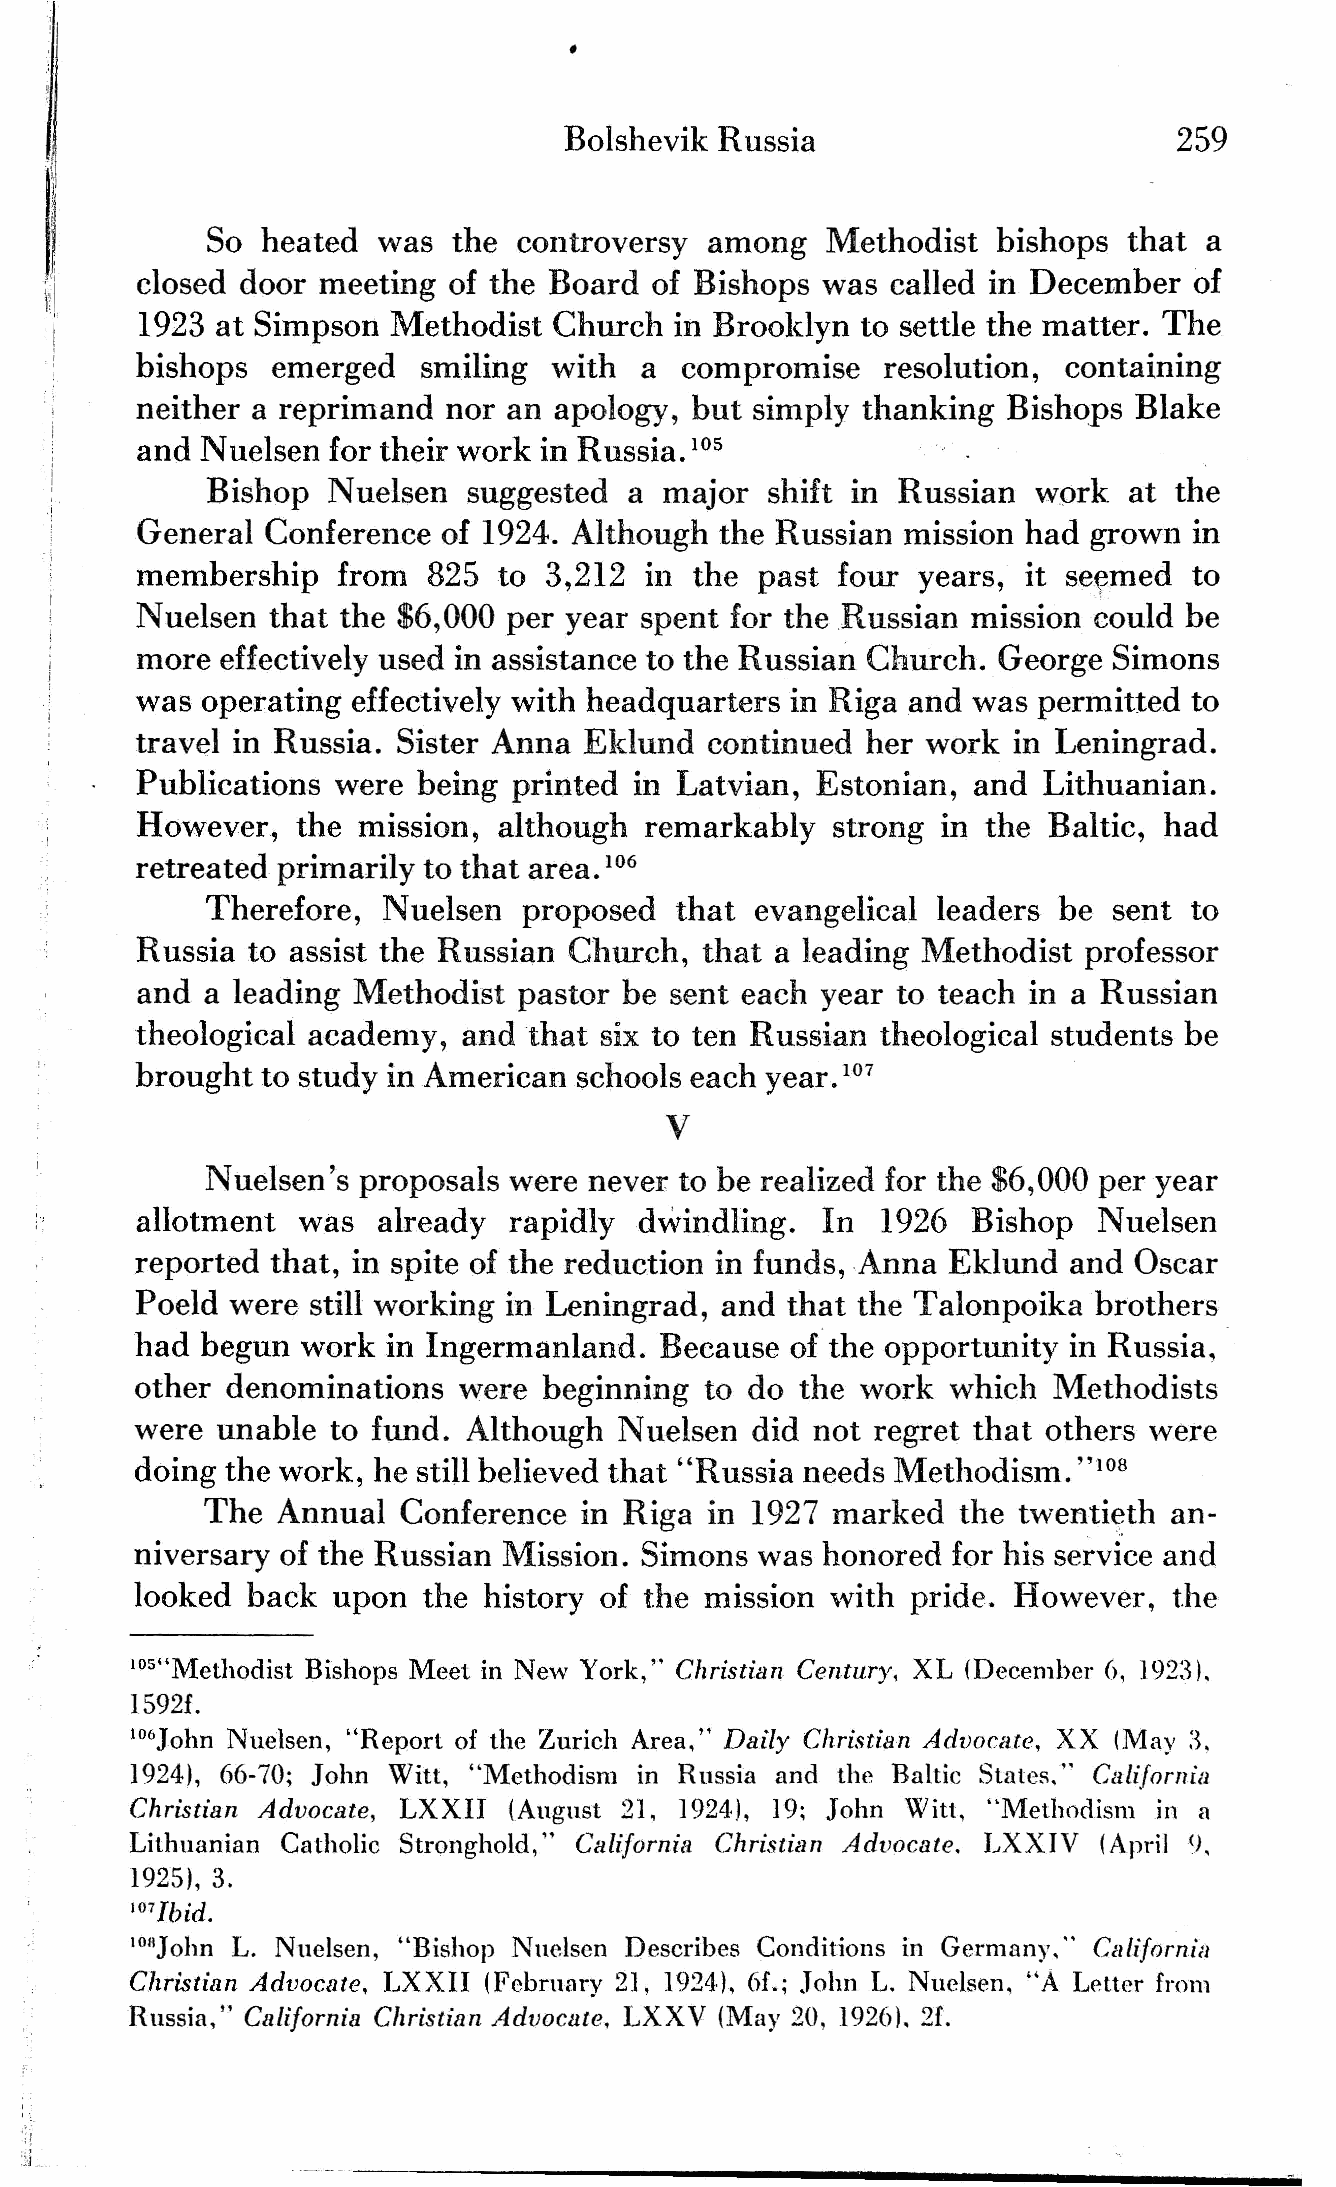
,
 Bolshevik  Russia                        259
 So heated  was  the controversy  among   Methodist  bishops  that a
 I    closed door meeting  of the Board of Bishops was  called in December  of
 \{j
 1923 at Simpson  Methodist  Church  in Brooklyn to settle the matter. The
 I
 r     bishops  emerged   smiling  with a  compromise   resolution,  containing
 neither a reprimand  nor an apology, but simply thanking  Bishops Blake
 and Nuelsen  for their work in Russia.
 105
 Bishop  Nuelsen  suggested  a major  shift in Russian work   at the
 General  Conference of 1924. Although  the Russian mission had grown  in
 membership   from  825  to 3,212  in the past four  years, it se~med  to
 Nuelsen  that the $6,000 per year spent for the Russian mission could be
 more  effectively used in assistance to the Russian Church. George Simons
 was operating effectively with headquarters in Riga and was permitted to
 travel in Russia. Sister Anna Eklund  continued her work  in Leningrad.
 Publications were  being printed in Latvian, Estonian, and  Lithuanian.
 However,   the mission, although  remarkably  strong in the Baltic, had
 retreated primarily to that area.
 106
 Therefore, Nuelsen   proposed  that evangelical leaders be  sent to
 Russia to assist the Russian Church,  that a leading Methodist professor
 and  a leading Methodist pastor be sent each year to teach in a Russian
 theological acadenlY, and that six to ten Russian theological students be
 brought to study in American schools each year
 .107
 V
 Nuelsen's proposals were never to be realized for the $6,000 per year
 allotment  was  already  rapidly dwindling.  In  1926  Bishop   Nuelsen
 reported that, in spite of the reduction in funds, Anna Eklund and Oscar
 Poeld were still working in Leningrad, and that the Talonpoika brothers
 had begun  work  in Ingermanland.  Because ofthe  opportunity inRussia~
 other denominations  were  beginning  to do the work  which  Methodists
 were unable  to fund. Although  Nuelsen  did not regret that others w'ere
 doing the work, he still believed that "Russia needs Methodism.
 "108
 The  Annual  Conference  in Riga  in 1927 marked   the twenti~th an
 niversary ofthe Russian Mission. Simons  was honored  for his service and
 looked back  upon  the history of the mission \vith pride. However,  the
 10S"Methodist Bishops Meet in New York," Christian Century, XL (December 6, 1923),
 I 592f.
 106John Nuelsen, "Report of the Zurich Area," Daily Christian Advoca.te, XX (May :3,
 1924), 66-70; John Witt, "Methodism in Russia and the Baltic States," Clilifornitl
 Christian Advocate, LXXII (August 21. 1924), 19; John Witt, "Methodism in a
 Lithuanian Catholic Stronghold," California Christicln Advocate. LXXIV (April <>,
 1925), 3..
 Ibid.
 107
 10llJohn L. Nuelsen, "Bishop Nuelsen Describes Conditions in Germany," Ccllifornicl
 Christian Advocllte, LXXII (February 21, 1924), 6f.; John L, Nuelsen, "A Letter from
 Russia," California Christian Advocate, LXXV (May 20, 1926), 2L